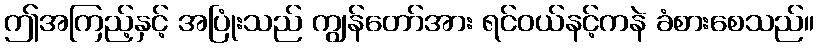
ဤအကြည့်နှင့် အပြုံးသည် ကျွန်တော်အား ရင်ဝယ်နင့်ကနဲ ခံစားစေသည်။